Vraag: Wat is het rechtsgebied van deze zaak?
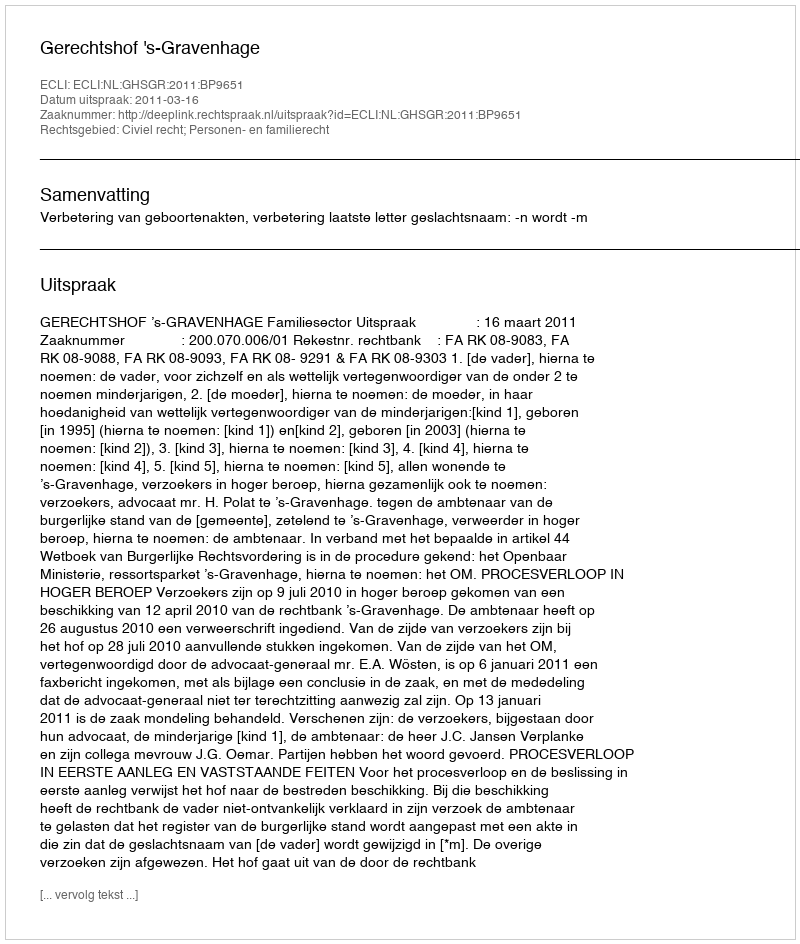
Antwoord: Civiel recht; Personen- en familierecht